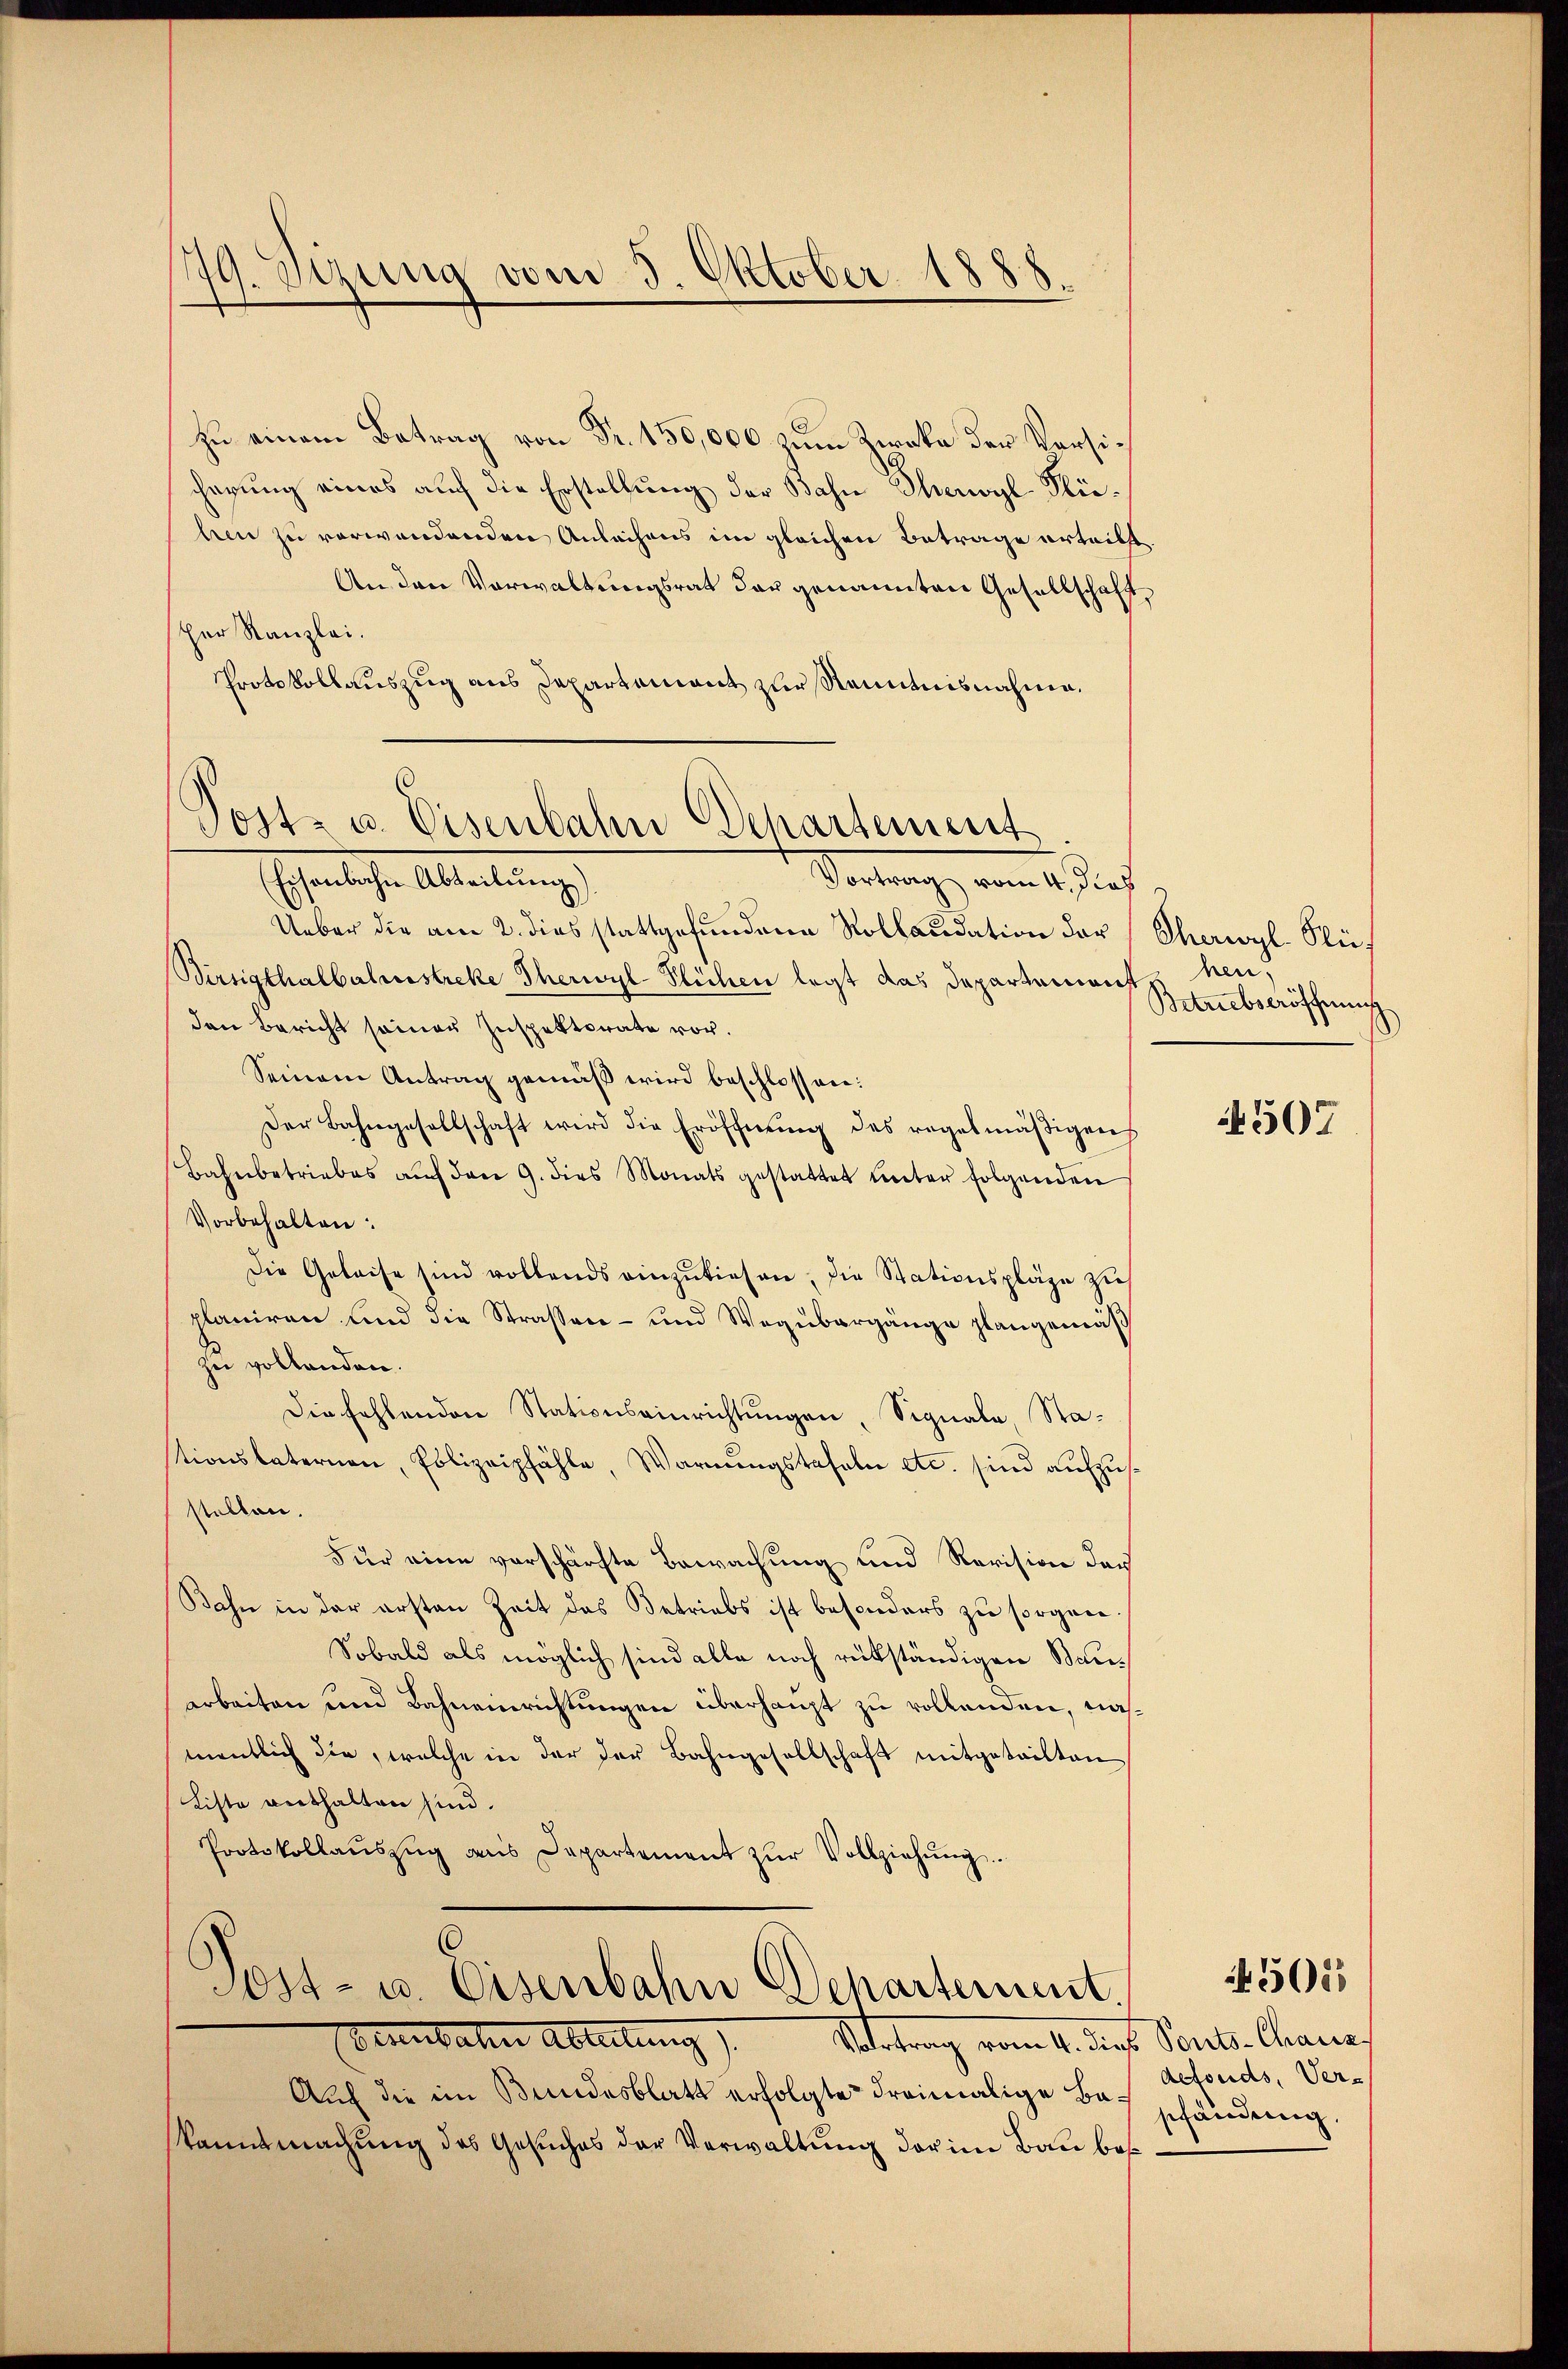
1
sirung vom 5. Oktober 1888.

zu einem Betrag von Fr. 150,000 zum Zirka der Versicherung eines auf die Erstellung der Bahn Theoyl-Klülen zu verwendenden Anlachens im gleichen Betrage erteilt.
An den Vorwaltungsrat das genannten Gesellschaft,
her Kanzlei.
Protokollauszug aus Departament zur Kenntnisnahme.

Postz u. Eisenbahn Behartement
Eisenbahn Abteilung)
Vortrag vom 1. Sieh

Ueber die am 2. dies stattgefundene Rollaudation der Eherwyl Flü¬
Birsigthalbahnstreke Iherwyl-Flüchen legt das Dapartement
den Bericht seiner Inspektorate vor.
Seinem Antrag gemäß wird beschlossen:
Der Bahngesellschaft wird die Eröffnŭng des regelmäβigens
Bahnbetriebes aŭf den 9. dies Monats gestattet unter folgenden
Vorbehalten:
Die Geleise sind vollends einzŭkiesen, die Stationspläge zu
planiren und die Straßen- und Wegübergänge plangemäß
zu vollenden.
Die fehlenden Stationseinrichtungen, Signale Stationslaternen, Polizeipfähle, Warnungstafeln etc. sind aufzusstellen.
Für eine verschärfte Bewachung und Revision des
Bahn in der ersten Zeit des Betriebs ist besonders zu sorgen.
Sobald als möglich sind alle noch rükständigen Bauarbeiten und Bahneinrichtungen überhaupt zu vollenden, nahmentlich die, welche in der der Bahngesellschaft mitgeteilten
Liste verthalten sind.
Protokollaŭszŭg aus Departement zŭr Vollziehŭng.

Post- u. Eisenbahn Departement.

Beunbahn Abteilung
Suterung vom 4. dies Sont. Cana
Auch die im Bundesblatt erfolgte dreimalige Beschändung.
kanntmachung des Gesuches der Verwaltung der in Bau bes

hen,
Betriebseröffnung

4507

defonds, Ver¬

45015